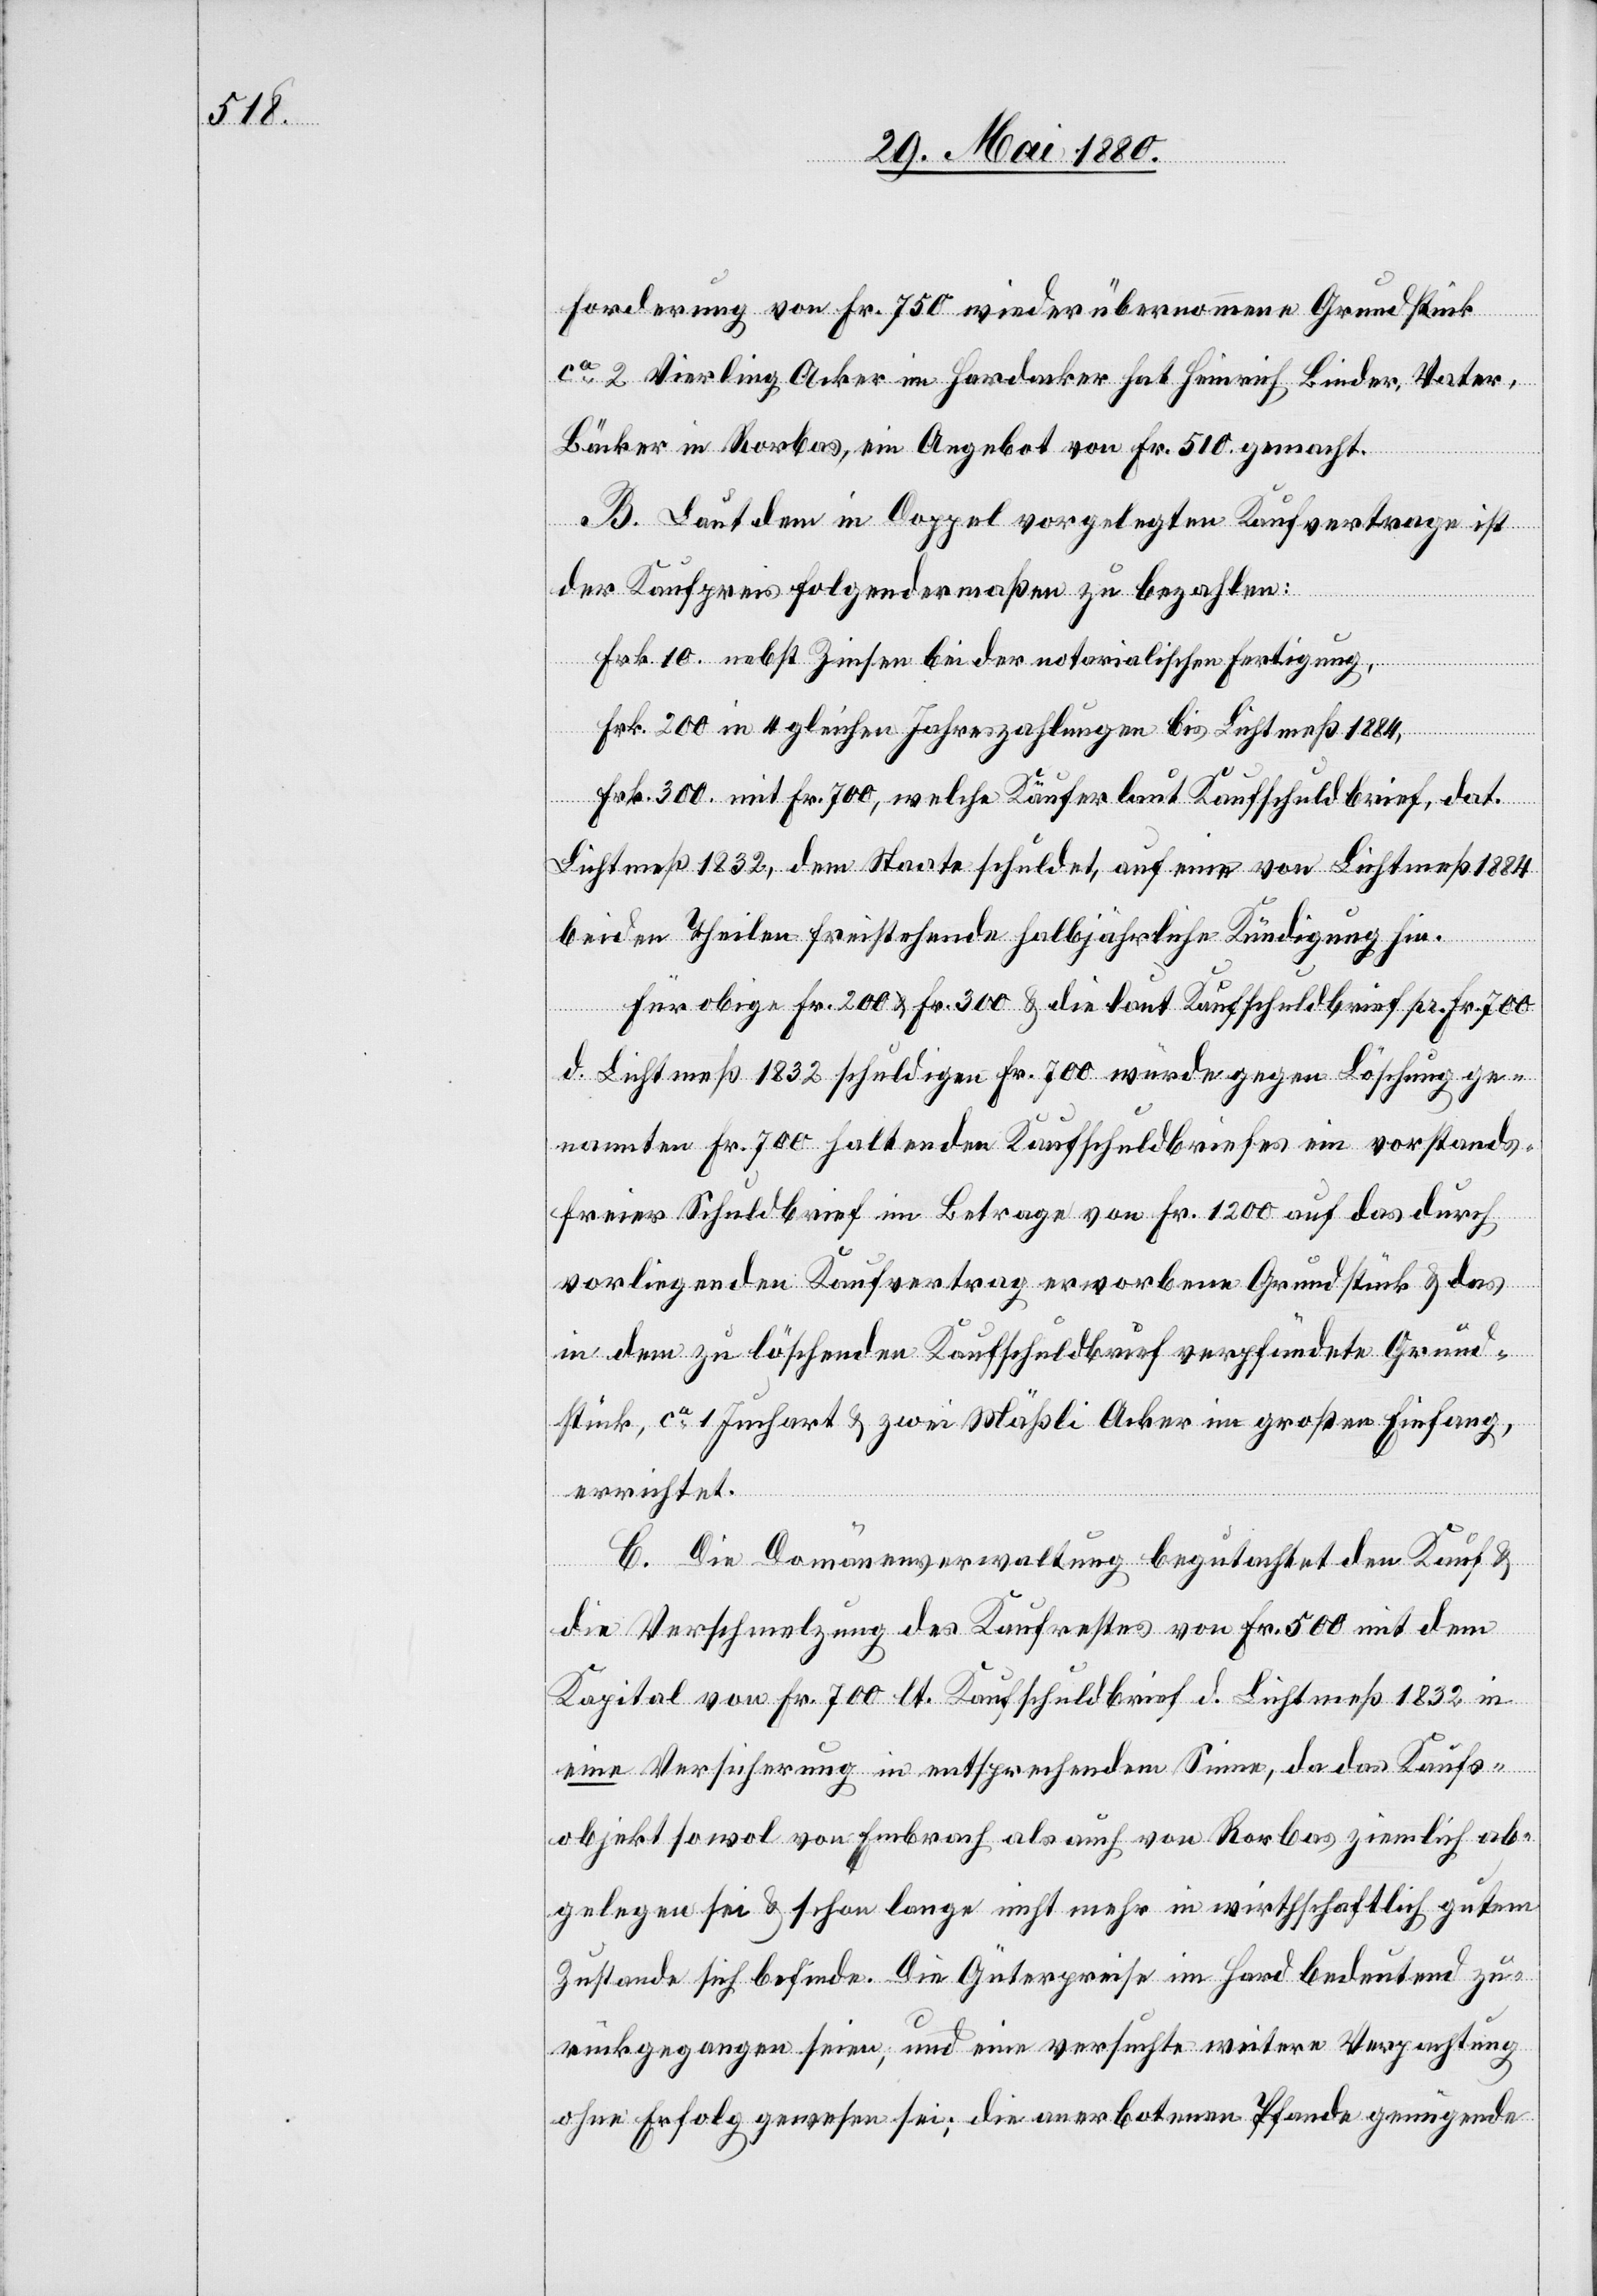
Forderung von Fr. 750 wieder übernommene Grundstück
ca 2 Vierling Acker im Hardacker hat Heinrich Binder, Vater,
Bäcker in Rorbas, ein Angebot von Fr. 510 gemacht.
B. Laut dem in Doppel vorgelegten Kaufvertrage ist
der Kaufpreis folgendermaßen zu bezahlen:
Fr. 10 nebst Zinsen bei der notarialischen Fertigung,
Fr. 200 in 4 gleichen Jahreszahlungen bis Lichtmeß 1884,
Fr. 300. mit Frk. 700, welche Käufer laut Kaufschuldbrief, dat.
Lichtmeß 1832, dem Staate schuldet, auf eine von Lichtmeß 1884
beiden Theilen freistehende halbjährliche Kündigung hin.
Für obige Fr. 200 & Fr. 300 & die laut Kaufschuldbrief pr. Fr. 700
d. Lichtmeß 1832 schuldigen Fr. 700 würde gegen Löschung ge¬
nannten Fr. 700 haltenden Kaufschuldbriefes ein vorstands¬
freier Schuldbrief im Betrag von Fr. 1200 auf das durch
vorliegenden Kaufvertrag erworbene Grundstück & das
in dem zu löschenden Kaufschuldbrief verpfändete Grund¬
stück, ca 1 Juchart & zwei Mäßli Acker im großen Einfang,
errichtet.
C. Die Domänenverwaltung begutachtet den Kauf &
die Verschmelzung des Kaufrestes von Fr. 500 mit dem
Kapital von Fr. 700 lt. Kaufschuldbrief d. Lichtmeß 1832 in
eine Versicherung in entsprechendem Sinne, da das Kaufs¬
objekt sowol von Embrach als auch von Rorbas ziemlich ab¬
gelegen sei & schon lange nicht mehr in wirthschaftlich gutem
Zustande sich befinde. Die Güterpreise im Hard bedeutend zu¬
rückgegangen seien [sic!], und eine versuchte weitere Verpachtung
ohne Erfolg gewesen sei; die anerbotenen Pfande genügende